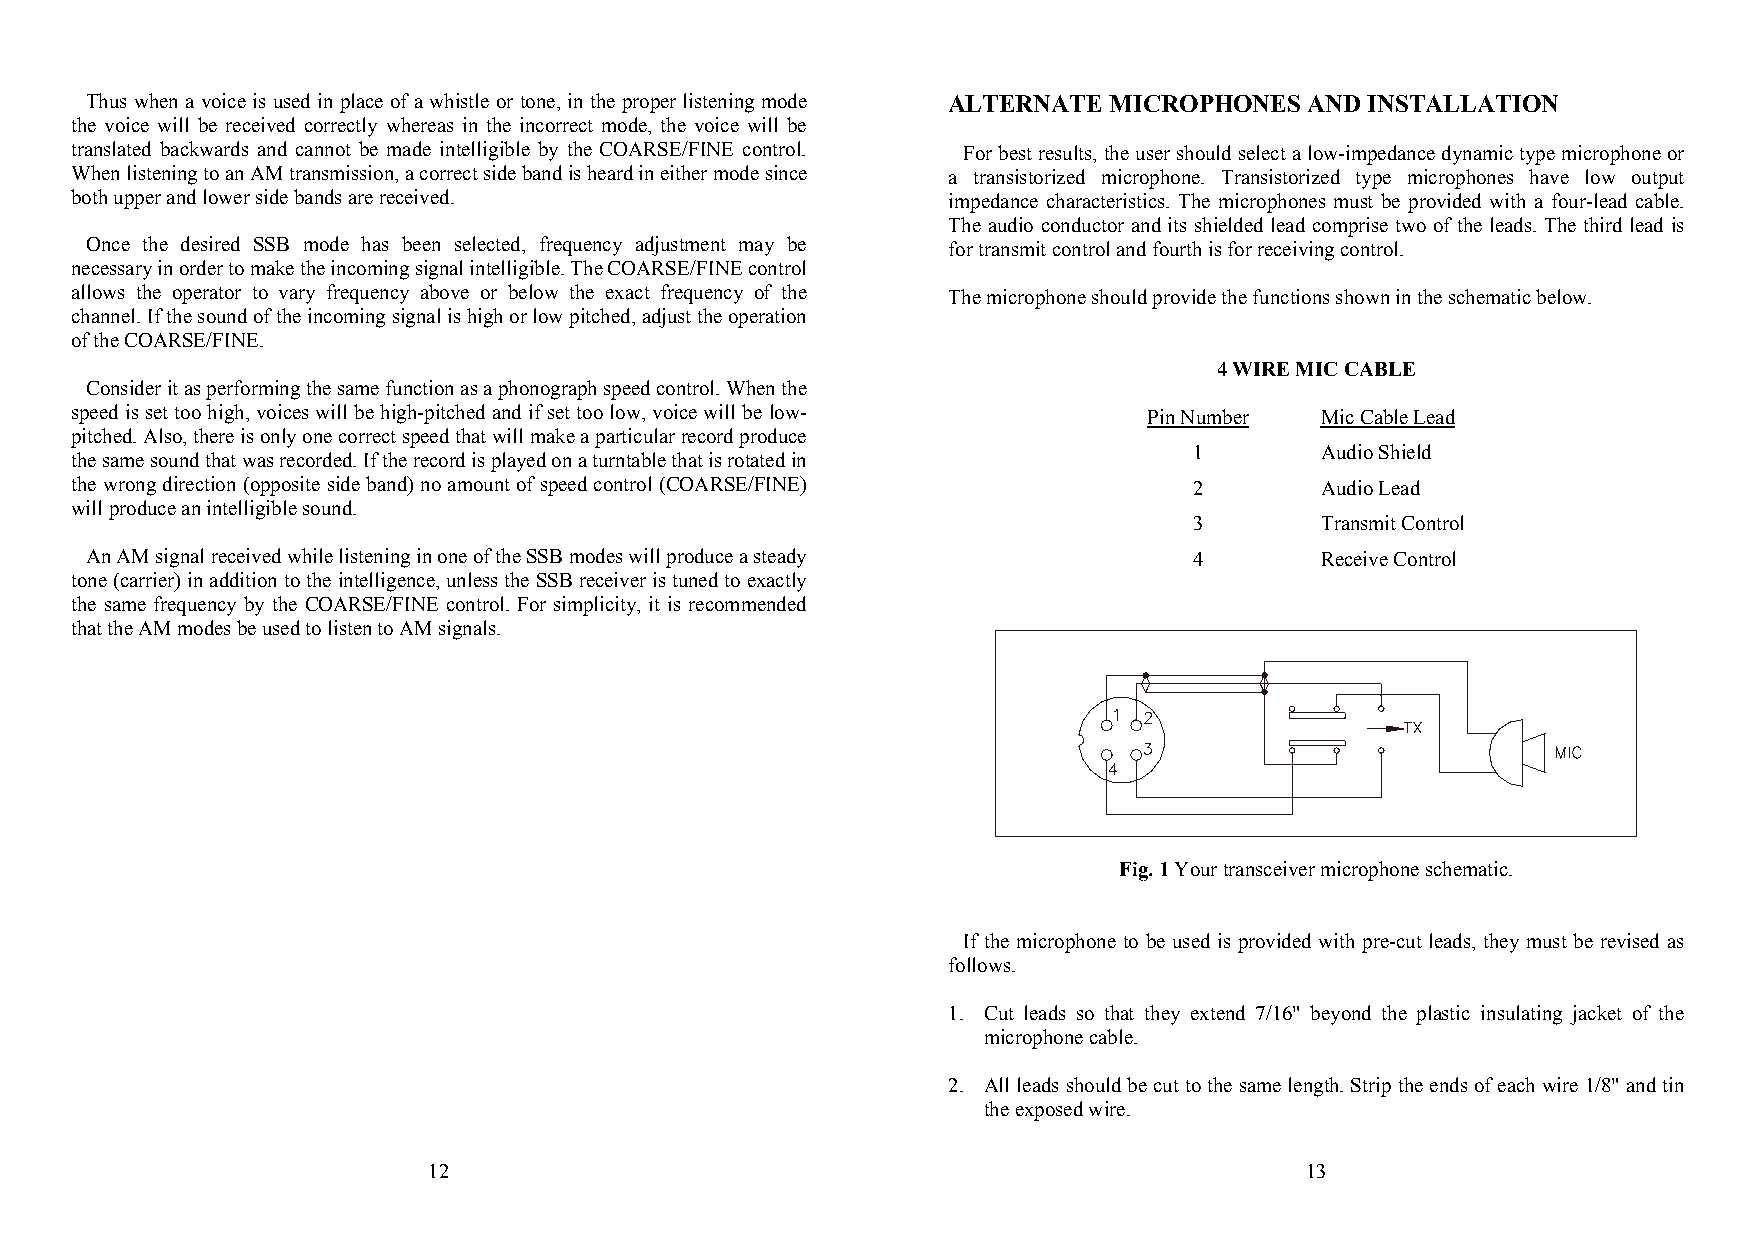
Thus when a voice is used in place of a whistle or tone, in the proper listening mode ALTERNATE MICROPHONES AND INSTALLATION
 the voice will be received correctly whereas in the incorrect mode, the voice will be
 translated backwards and cannot be made intelligible by the COARSE/FINE control. For best results, the user should select a low-impedance dynamic type microphone or
 When listening to an AM transmission, a correct side band is heard in either mode since a transistorized microphone. Transistorized type microphones have low output
 both upper and lower side bands are received.             impedance characteristics. The microphones must be provided with a four-lead cable.
 The audio conductor and its shielded lead comprise two of the leads. The third lead is
 Once the desired SSB mode has been selected, frequency adjustment may be for transmit control and fourth is for receiving control.
 necessary in order to make the incoming signal intelligible. The COARSE/FINE control
 allows the operator to vary frequency above or below the exact frequency of the The microphone should provide the functions shown in the schematic below.
 channel. If the sound of the incoming signal is high or low pitched, adjust the operation
 of the COARSE/FINE.
 4 WIRE MIC CABLE
 Consider it as performing the same function as a phonograph speed control. When the
 speed is set too high, voices will be high-pitched and if set too low, voice will be low- Pin Number Mic Cable Lead
 pitched. Also, there is only one correct speed that will make a particular record produce
 1       Audio Shield
 the same sound that was recorded. If the record is played on a turntable that is rotated in
 the wrong direction (opposite side band) no amount of speed control (COARSE/FINE) 2 Audio Lead
 will produce an intelligible sound.
 3       Transmit Control
 An AM signal received while listening in one of the SSB modes will produce a steady 4 Receive Control
 tone (carrier) in addition to the intelligence, unless the SSB receiver is tuned to exactly
 the same frequency by the COARSE/FINE control. For simplicity, it is recommended
 that the AM modes be used to listen to AM signals.
 Fig. 1 Your transceiver microphone schematic.
 If the microphone to be used is provided with pre-cut leads, they must be revised as
 follows.
 1. Cut leads so that they extend 7/16" beyond the plastic insulating jacket of the
 microphone cable.
 2. All leads should be cut to the same length. Strip the ends of each wire 1/8" and tin
 the exposed wire.
 1 2                                                       1 3